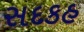
સદકહ